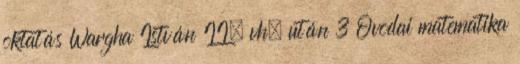
oktatás Wargha István II. vh. után 3 Óvodai matematika